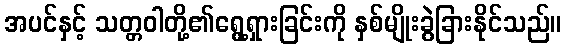
အပင်နှင့် သတ္တဝါတို့၏ရွေ့ရှားခြင်းကို နှစ်မျိုးခွဲခြားနိုင်သည်။